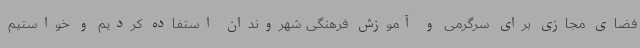
فضای مجازی برای سرگرمی و آموزش فرهنگی شهروندان استفاده کردیم و خواستیم